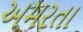
અમરતા